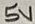
Text: 5V